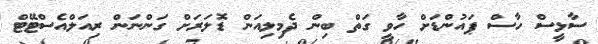
ސާޅީސް ހާސް ޕައުންޑަށް ހާވީ ގަތް ބިން ދެމިލިއަން ޑޮލަރަށް ގަންނަން ރިއަލްއެސްޓޭޓް